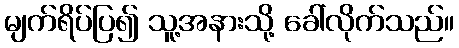
မျက်ရိပ်ပြ၍ သူ့အနားသို့ ခေါ်လိုက်သည်။